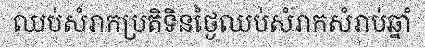
ឈប់សំរាកប្រតិទិនថ្ងៃឈប់សំរាកសំរាប់ឆ្នាំ